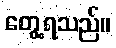
တွေ့ရသည်။